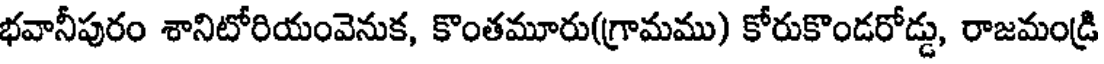
భవానీపురం శానిటోరియంవెనుక, కొంతమూరు(గ్రామము) కోరుకొండరోడ్డు, రాజమండ్రి